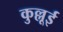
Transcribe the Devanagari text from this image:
कुल्लूई